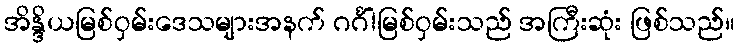
အိန္ဒိယမြစ်ဝှမ်းဒေသများအနက် ဂင်္ဂါမြစ်ဝှမ်းသည် အကြီးဆုံး ဖြစ်သည်။